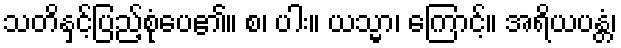
သတိနှင့်ပြည့်စုံပေ၏။ စ၊ ပါး။ ယသ္မာ၊ ကြောင့်။ အရိယပန္တံ၊